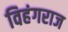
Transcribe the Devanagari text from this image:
विहंगराज